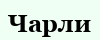
Чарли